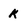
Character: k